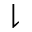
\downharpoonright